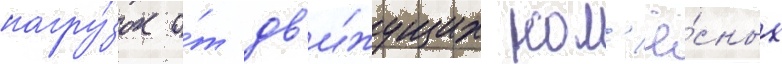
нагру́зок о́т дв'и́жущих кол'ё́сных